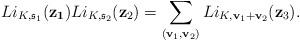
LaTeX: \begin{align*}Li_{K, \mathfrak{s}_1}({\bf z_1})Li_{K, \mathfrak{s}_2}({{\bf z}_2})=\sum_{({{\bf v}_1, {\bf v}_2})}Li_{K, {{\bf v}_1+{\bf v}_2}}({{\bf z}_3}).\end{align*}